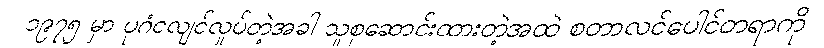
၁၉၇၅ မှာ ပုဂံငလျင်လှုပ်တဲ့အခါ သူစုဆောင်းထားတဲ့အထဲ စတာလင်ပေါင်တရာကို